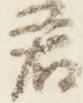
君